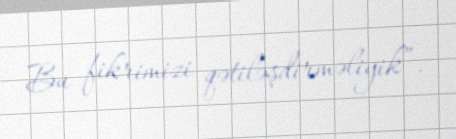
Bu fikrimizi qətiləşdirməliyik”.